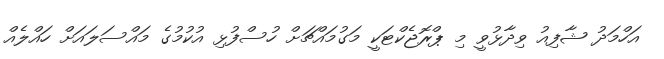
އަހްމަދު ޝާފިއު ވިދާޅުވީ މި ޕްރޮޖެކްޓަކީ މަގުމައްޗަށް ހުސްފުޅި އުކުމުގެ މައްސަލައަށް ހައްލެއް